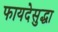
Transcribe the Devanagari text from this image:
फायदेसुद्धा